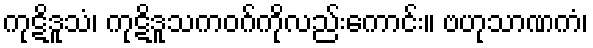
ကုဋိဒူသံ၊ ကုဋိဒူသကဝဂ်ကိုလည်းကောင်း။ ဗဟုသာဏကံ၊